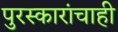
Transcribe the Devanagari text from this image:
पुरस्कारांचाही